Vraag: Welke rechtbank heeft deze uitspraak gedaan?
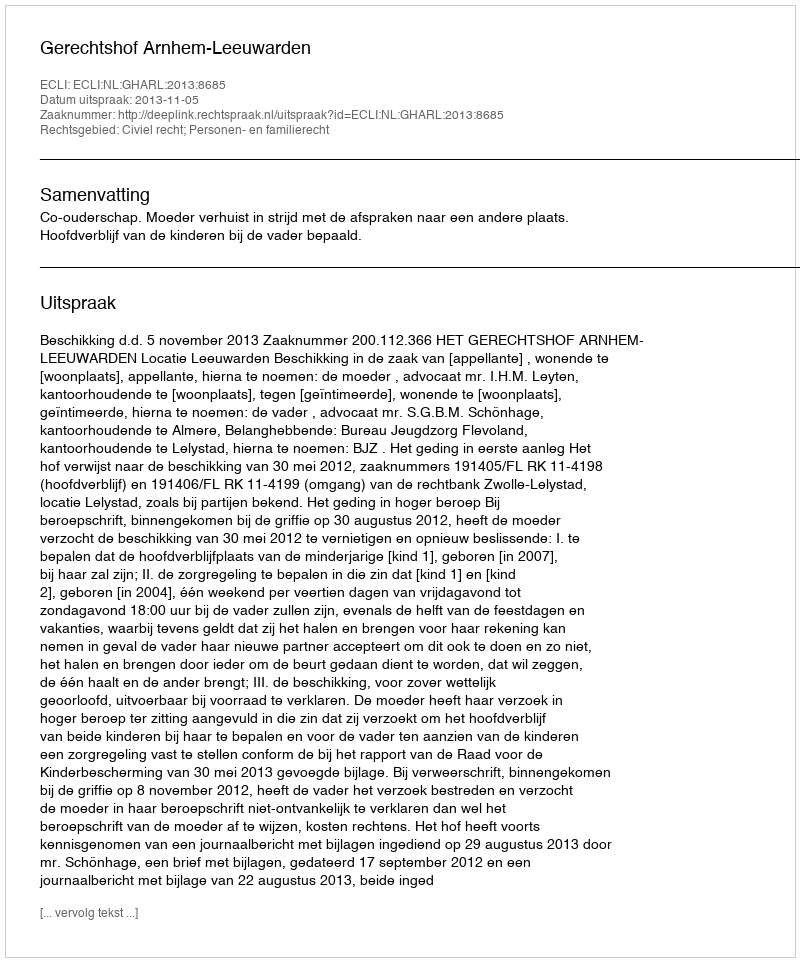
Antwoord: Gerechtshof Arnhem-Leeuwarden